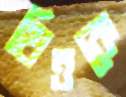
থিত্তকে